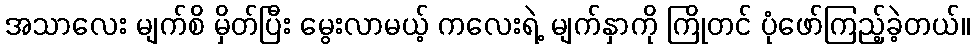
အသာလေး မျက်စိ မှိတ်ပြီး မွေးလာမယ့် ကလေးရဲ့ မျက်နှာကို ကြိုတင် ပုံဖော်ကြည့်ခဲ့တယ်။